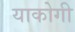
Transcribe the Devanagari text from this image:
याकोगी